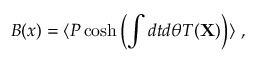
{ \cal B } ( x ) = \langle P \cosh \left( \int d t d \theta T ( { \bf X } ) \right) \rangle ~ ,